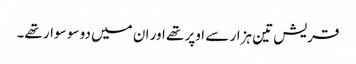
قریش تین ہزار سے اوپر تھے اور ان میں دو سو سوار تھے۔